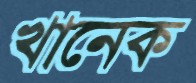
খানেক